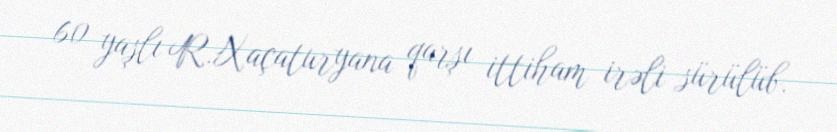
60 yaşlı R.Xaçaturyana qarşı ittiham irəli sürülüb.